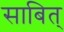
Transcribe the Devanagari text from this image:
साबित्